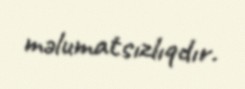
məlumatsızlıqdır.